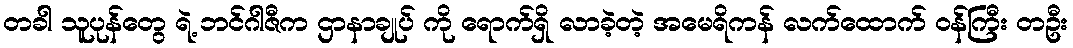
တခါ သူပုန်တွေ ရဲ့ ဘင်ဂါဇီက ဌာနာချုပ် ကို ရောက်ရှိ လာခဲ့တဲ့ အမေရိကန် လက်ထောက် ဝန်ကြီး တဦး